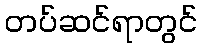
တပ်ဆင်ရာတွင်